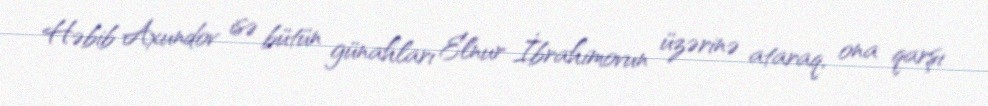
Həbib Axundov isə bütün günahları Elnur İbrahimovun üzərinə ataraq, ona qarşı